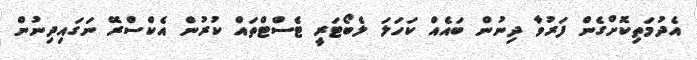
އެދުމަތިކޮށްގެން ފަރުވާ ދިނުން ބައެއް ކަހަލަ ލެބޯޓަރީ ޓެސްޓްތައް ކުރުން އެކްސްރޭ ނަގައިދިނުން